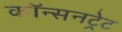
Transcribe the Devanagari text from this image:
कॉन्सनट्रेट